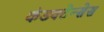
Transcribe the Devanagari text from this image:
कंडक्टेन्सेस